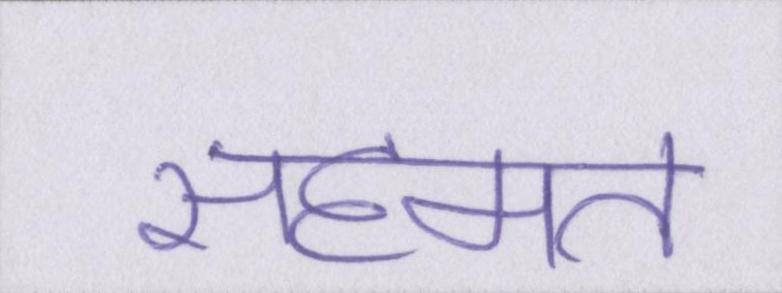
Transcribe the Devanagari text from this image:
सहमत